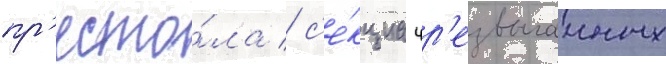
пр'есто́ла / с'е́кциа чр'езвычаиных